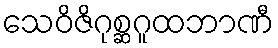
သေဝိဇိဂုစ္ဆဂူထဘာဏီ